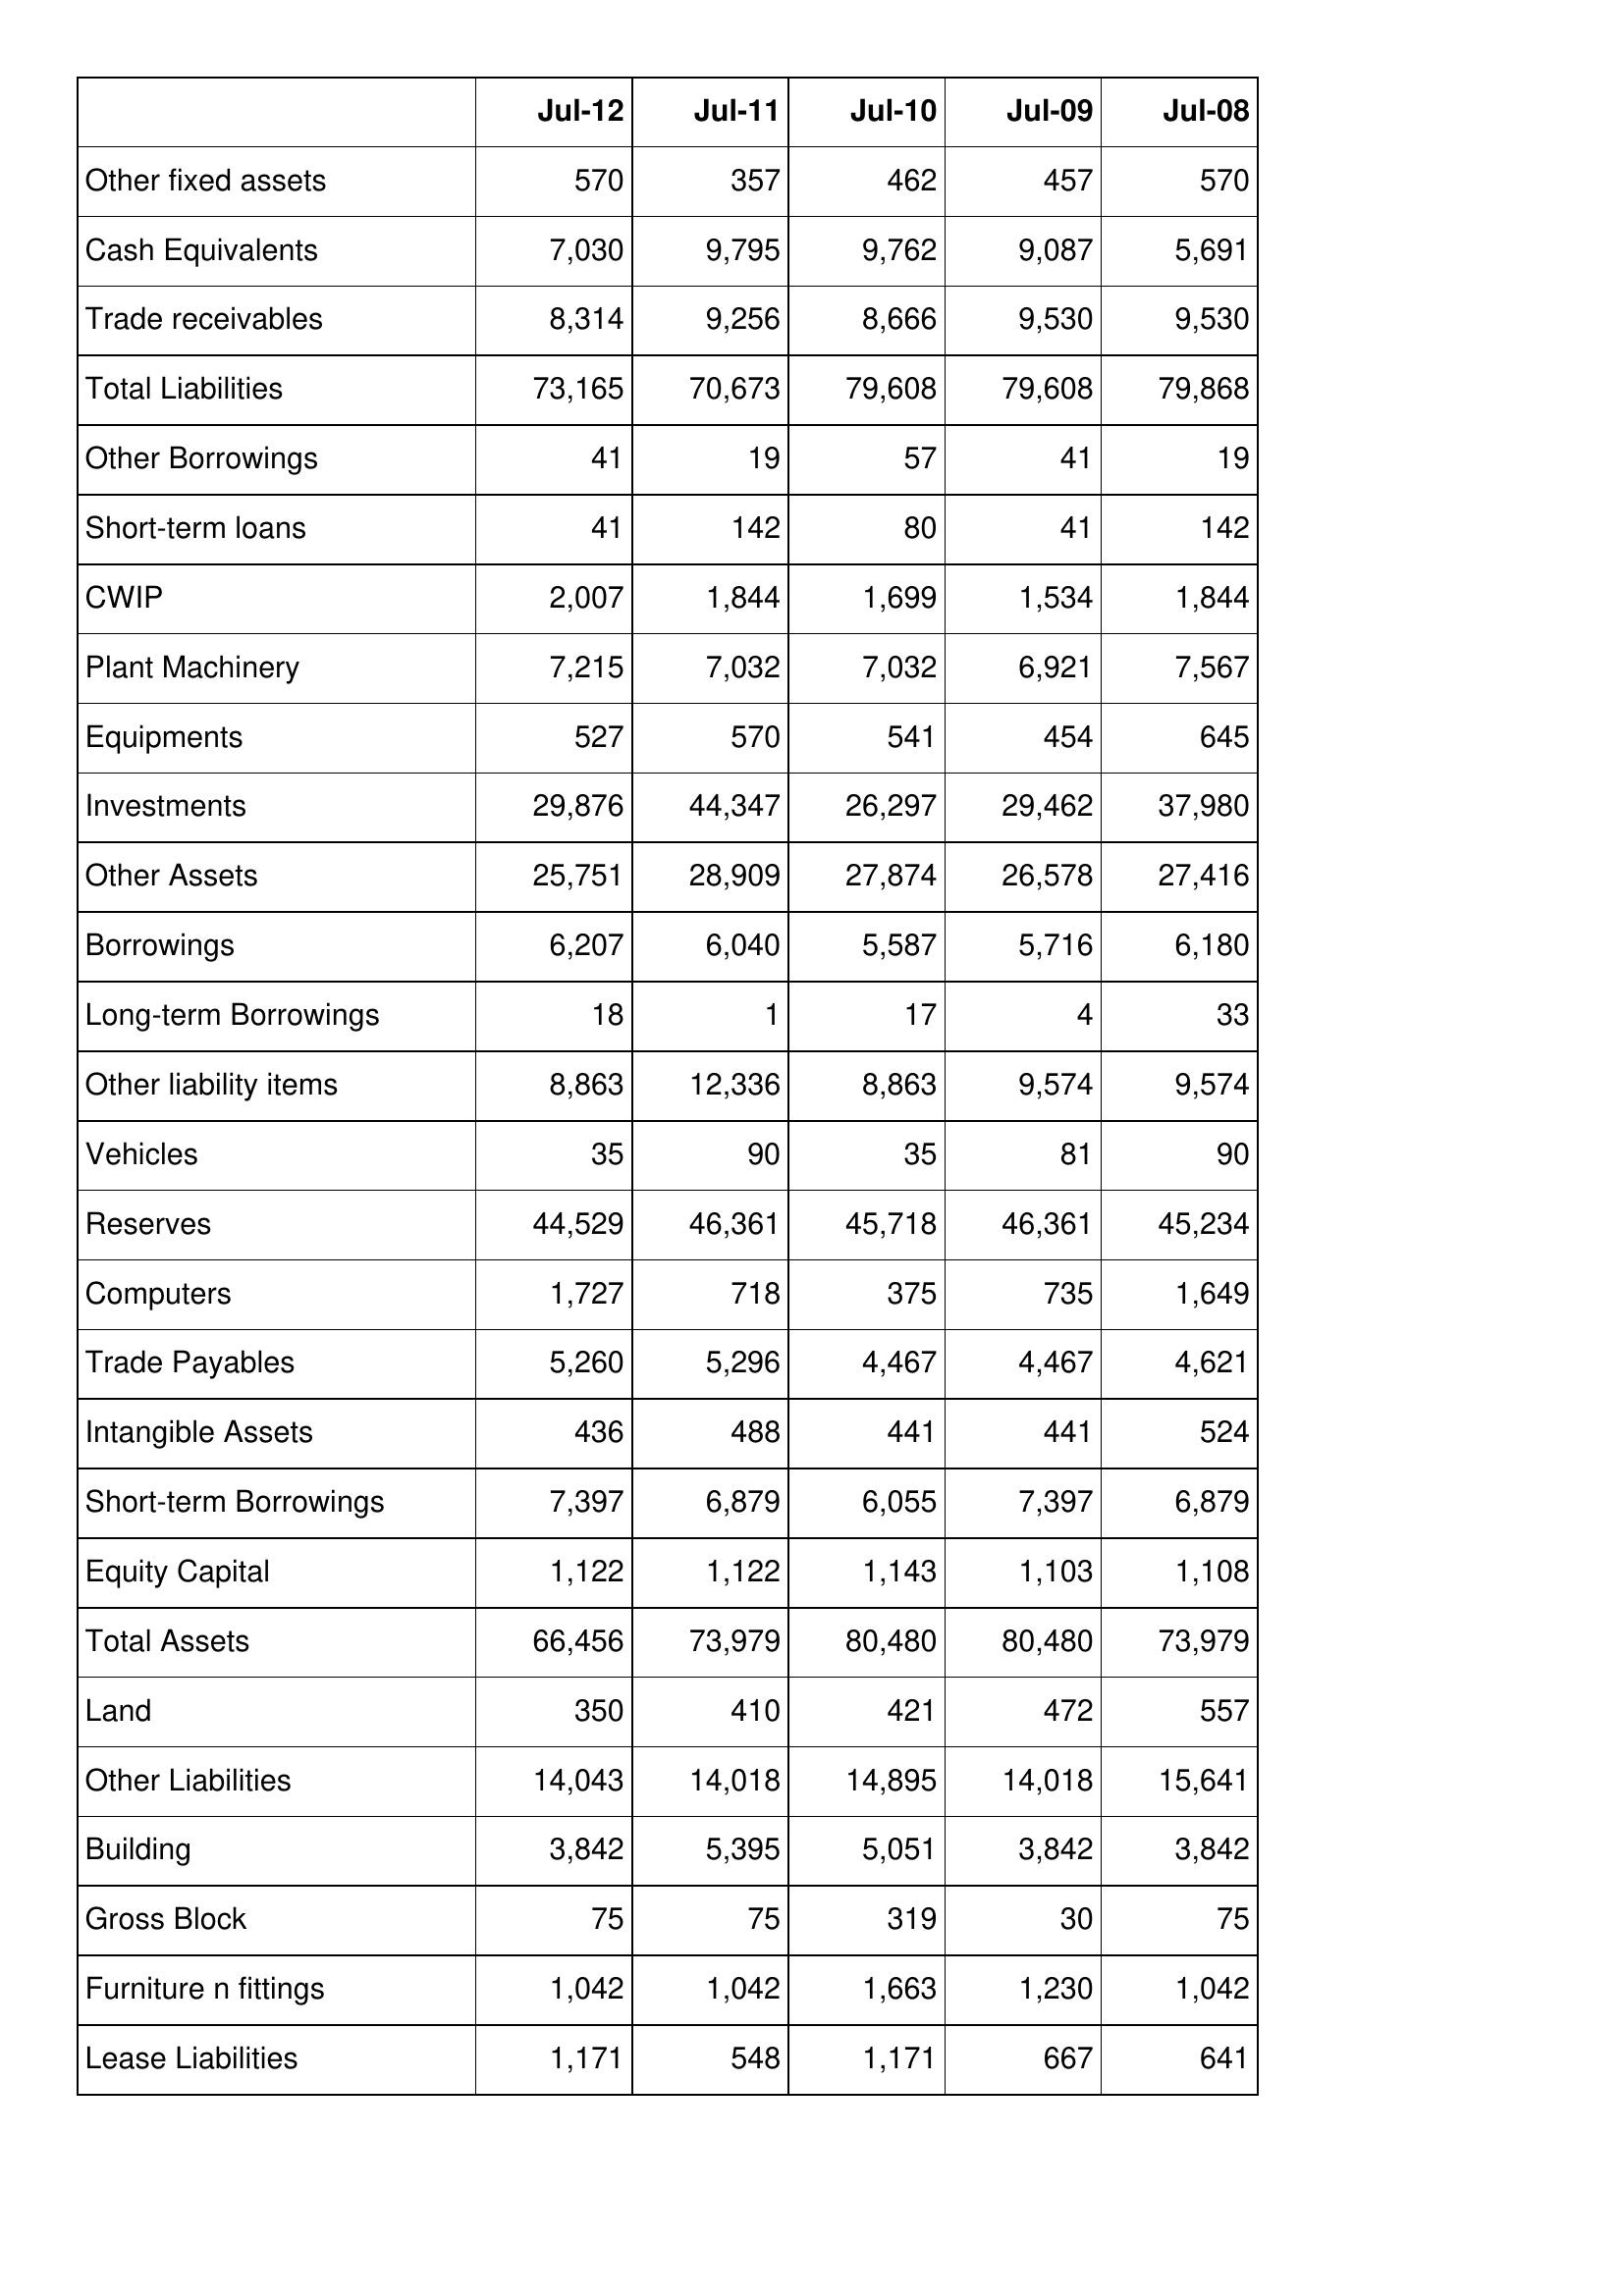
Jul-12: Balance Sheet: Other fixed assets: 570
Cash Equivalents: 7,030
Trade receivables: 8,314
Total Liabilities: 73,165
Other Borrowings: 41
Short-term loans: 41
CWIP: 2,007
Plant Machinery: 7,215
Equipments: 527
Investments: 29,876
Other Assets: 25,751
Borrowings: 6,207
Long-term Borrowings: 18
Other liability items: 8,863
Vehicles: 35
Reserves: 44,529
Computers: 1,727
Trade Payables: 5,260
Intangible Assets: 436
Short-term Borrowings: 7,397
Equity Capital: 1,122
Total Assets: 66,456
Land: 350
Other Liabilities: 14,043
Building: 3,842
Gross Block: 75
Furniture n fittings: 1,042
Lease Liabilities: 1,171
Jul-11: Balance Sheet: Other fixed assets: 357
Cash Equivalents: 9,795
Trade receivables: 9,256
Total Liabilities: 70,673
Other Borrowings: 19
Short-term loans: 142
CWIP: 1,844
Plant Machinery: 7,032
Equipments: 570
Investments: 44,347
Other Assets: 28,909
Borrowings: 6,040
Long-term Borrowings: 1
Other liability items: 12,336
Vehicles: 90
Reserves: 46,361
Computers: 718
Trade Payables: 5,296
Intangible Assets: 488
Short-term Borrowings: 6,879
Equity Capital: 1,122
Total Assets: 73,979
Land: 410
Other Liabilities: 14,018
Building: 5,395
Gross Block: 75
Furniture n fittings: 1,042
Lease Liabilities: 548
Jul-10: Balance Sheet: Other fixed assets: 462
Cash Equivalents: 9,762
Trade receivables: 8,666
Total Liabilities: 79,608
Other Borrowings: 57
Short-term loans: 80
CWIP: 1,699
Plant Machinery: 7,032
Equipments: 541
Investments: 26,297
Other Assets: 27,874
Borrowings: 5,587
Long-term Borrowings: 17
Other liability items: 8,863
Vehicles: 35
Reserves: 45,718
Computers: 375
Trade Payables: 4,467
Intangible Assets: 441
Short-term Borrowings: 6,055
Equity Capital: 1,143
Total Assets: 80,480
Land: 421
Other Liabilities: 14,895
Building: 5,051
Gross Block: 319
Furniture n fittings: 1,663
Lease Liabilities: 1,171
Jul-09: Balance Sheet: Other fixed assets: 457
Cash Equivalents: 9,087
Trade receivables: 9,530
Total Liabilities: 79,608
Other Borrowings: 41
Short-term loans: 41
CWIP: 1,534
Plant Machinery: 6,921
Equipments: 454
Investments: 29,462
Other Assets: 26,578
Borrowings: 5,716
Long-term Borrowings: 4
Other liability items: 9,574
Vehicles: 81
Reserves: 46,361
Computers: 735
Trade Payables: 4,467
Intangible Assets: 441
Short-term Borrowings: 7,397
Equity Capital: 1,103
Total Assets: 80,480
Land: 472
Other Liabilities: 14,018
Building: 3,842
Gross Block: 30
Furniture n fittings: 1,230
Lease Liabilities: 667
Jul-08: Balance Sheet: Other fixed assets: 570
Cash Equivalents: 5,691
Trade receivables: 9,530
Total Liabilities: 79,868
Other Borrowings: 19
Short-term loans: 142
CWIP: 1,844
Plant Machinery: 7,567
Equipments: 645
Investments: 37,980
Other Assets: 27,416
Borrowings: 6,180
Long-term Borrowings: 33
Other liability items: 9,574
Vehicles: 90
Reserves: 45,234
Computers: 1,649
Trade Payables: 4,621
Intangible Assets: 524
Short-term Borrowings: 6,879
Equity Capital: 1,108
Total Assets: 73,979
Land: 557
Other Liabilities: 15,641
Building: 3,842
Gross Block: 75
Furniture n fittings: 1,042
Lease Liabilities: 641